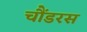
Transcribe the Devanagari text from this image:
चौंडरस